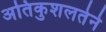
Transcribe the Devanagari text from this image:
अतिकुशलतेने